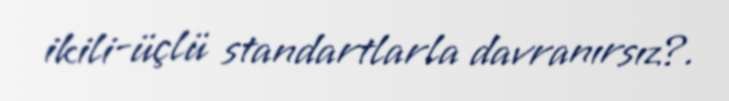
ikili-üçlü standartlarla davranırsız?.